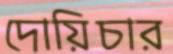
দোয়িচার